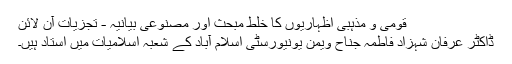
قومی و مذہبی اظہاریوں کا خلطِ مبحث اور مصنوعی بیانیہ - تجزیات آن لائن
ڈاکٹر عرفان شہزاد فاطمہ جناح ویمن یونیورسٹی اسلام آباد کے شعبہ اسلامیات میں استاد ہیں۔